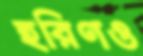
হরিণও